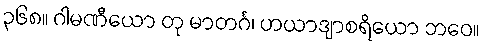
၃၆၈။ ဂါမဏီယော တု မာတင်္ဂ၊ ဟယာဒျာစရိယော ဘဝေ။